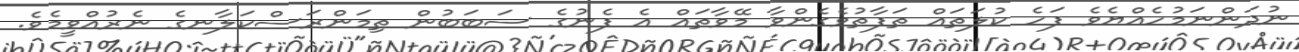
ނުދަންނަމުހެއްޔެވެ ފަހެ ކުލަތައް ތަފާތުވެގެންވާ މޭވާތައް އެ ފެނުގެ ސަބަބުން ތިމަންރަސްކަލާނގެ ނެރުއްވީމެވެ.